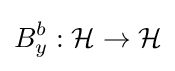
B_{y}^{b}:{\mathcal {H}}\to {\mathcal {H}}